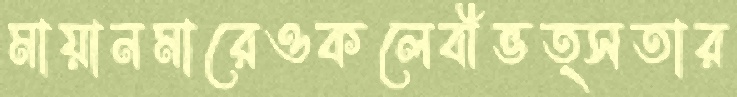
মায়ানমারেওকলেবীভত্সতার